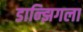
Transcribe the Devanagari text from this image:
डान्झिगला